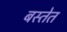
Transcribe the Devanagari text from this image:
बस्तेत